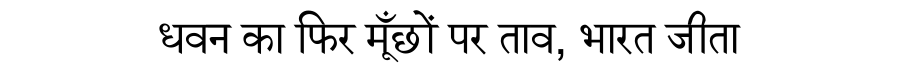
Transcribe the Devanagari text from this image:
धवन का फिर मूँछों पर ताव, भारत जीता